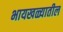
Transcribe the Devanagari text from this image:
भायखळ्यातील